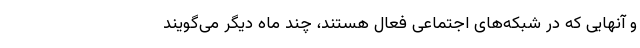
و آنهایی که در شبکه‌های اجتماعی فعال هستند، چند ماه دیگر می‌گویند